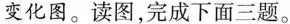
变化图。读图，完成下面三题。